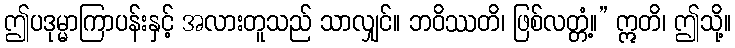
ဤပဒုမ္မာကြာပန်းနှင့် အလားတူသည် သာလျှင်။ ဘဝိဿတိ၊ ဖြစ်လတ္တံ့။” ဣတိ၊ ဤသို့။